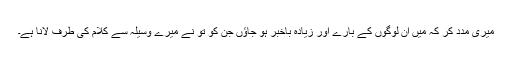
میری مدد کر کہ میں اُن لوگوں کے بارے اور زیادہ باخبر ہو جاؤں جن کو تُو نے میرے وسیلہ سے کلام کی طرف لانا ہے۔